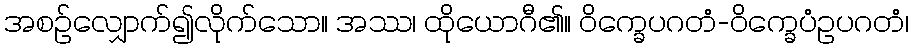
အစဉ်လျှောက်၍လိုက်သော။ အဿ၊ ထိုယောဂီ၏။ ဝိက္ခေပဂတံ-ဝိက္ခေပံဥပဂတံ၊